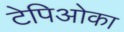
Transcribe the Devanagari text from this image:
टेपिओका